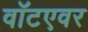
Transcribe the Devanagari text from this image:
वॉटएवर